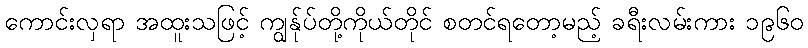
ကောင်းလှရာ အထူးသဖြင့် ကျွန်ုပ်တို့ကိုယ်တိုင် စတင်ရတော့မည့် ခရီးလမ်းကား ၁၉၆၀